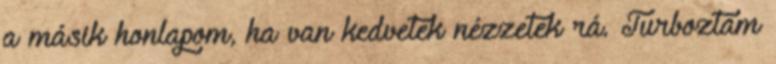
a másik honlapom, ha van kedvetek nézzetek rá. Turboztam